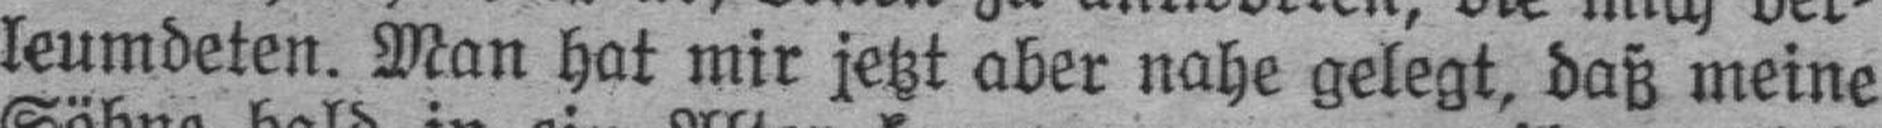
leumdeten. Man hat mir jetzt aber nahe gelegt, daß meine